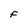
Character: F